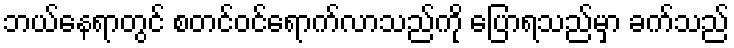
ဘယ်နေရာတွင် စတင်ဝင်ရောက်လာသည်ကို ပြောရသည်မှာ ခက်သည်